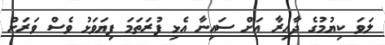
ލަވަ ކިޔުމުގެ ދާއިރާ އަށް ސައިނާ އެޅި ފުރަތަމަ ފިޔަވަޅު ވެސް ވަރަށް